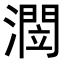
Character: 𭲻